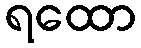
ရထော